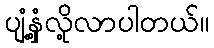
ပျံ့နှံ့လို့လာပါတယ်။